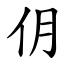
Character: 仴